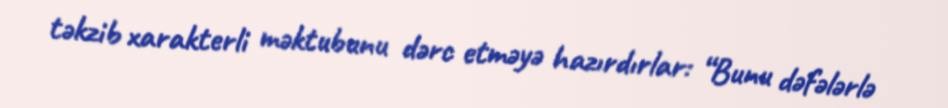
təkzib xarakterli məktubunu dərc etməyə hazırdırlar: “Bunu dəfələrlə